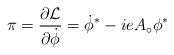
LaTeX: \begin{align*}\pi = \frac{\partial {\cal L}}{\partial\dot{\phi}} = \dot{\phi}^{*} -ieA_{\circ}\phi^{*}\end{align*}